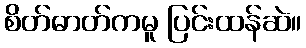
စိတ်ဓာတ်ကမူ ပြင်းထန်ဆဲ။